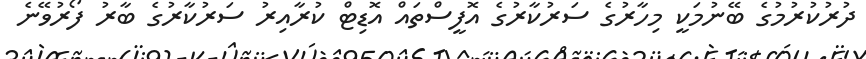
ދުރުކުރުމުގެ ބޭނުމަކީ މިހާރުގެ ސަރުކާރުގެ އޮފީސްތައް އޮޑިޓް ކުރާއިރު ސަރުކާރުގެ ބާރު ފޯރުވޭނެ